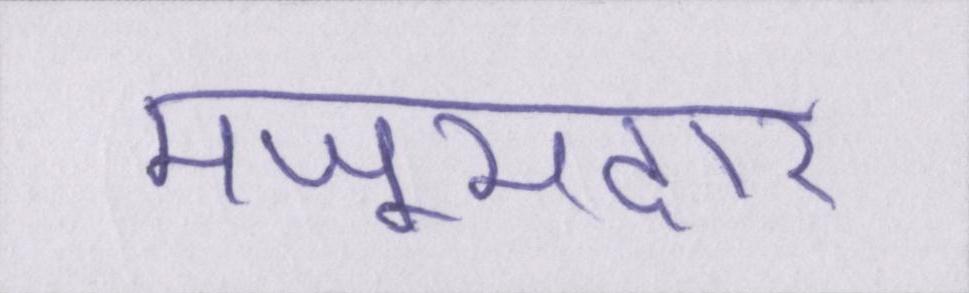
मजूमदार